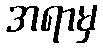
အရာမှ